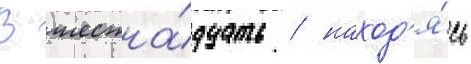
В шестна́дцать / наход'я́сь